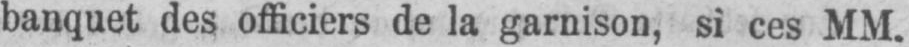
banquet des officiers de la garnison, si ces MM.